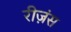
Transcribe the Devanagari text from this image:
रीज़ंस